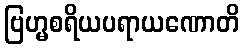
ဗြဟ္မစရိယပရာယဏောတိ